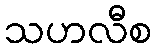
သဟလီစ